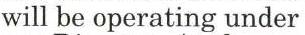
will be operating under